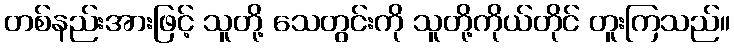
တစ်နည်းအားဖြင့် သူတို့ သေတွင်းကို သူတို့ကိုယ်တိုင် တူးကြသည်။